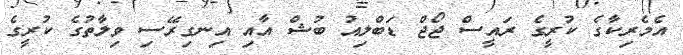
އެމެރިކާގެ ކުރީގެ ރައީސް ޖޯޖް ޑަބްލިއު ބުޝް އާއި އިނގިރޭސި ވިލާތުގެ ކުރީގެ